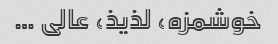
خوشمزه، لذیذ، عالی …